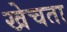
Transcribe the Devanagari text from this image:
खेचता